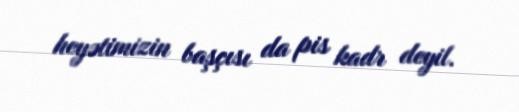
heyətimizin başçısı da pis kadr deyil.